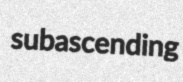
subascending